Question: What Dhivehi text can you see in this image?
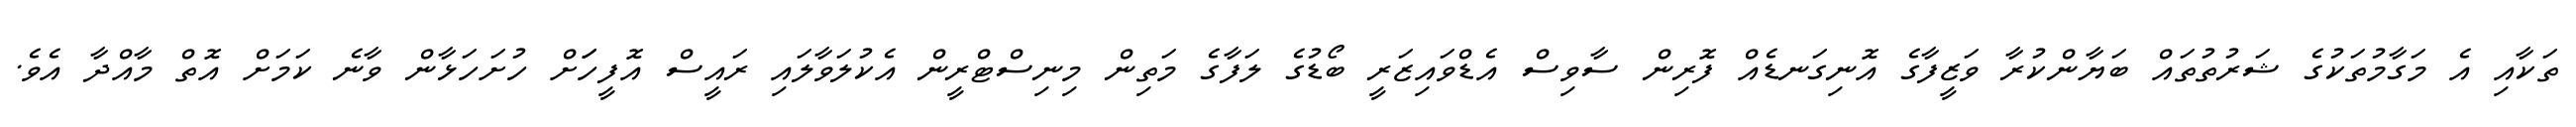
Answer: ތަކާއި އެ މަގާމުތަކުގެ ޝަރުތުތައް ބަޔާންކުރާ ވަޒީފާގެ އޮނިގަނޑެއް ފޮރިން ސާވިސް އެޑްވައިޒަރީ ބޯޑުގެ ލަފާގެ މަތިން މިނިސްޓްރީން އެކުލަވާލައި ރައީސް އޮފީހަަށް ހުށަހަޅާން ވާނެ ކަމަށް އޮތް މާއްދާ އެވެ.